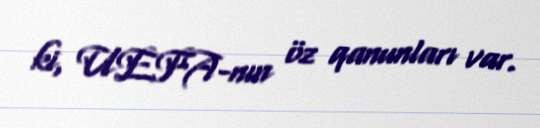
ki, UEFA-nın öz qanunları var.